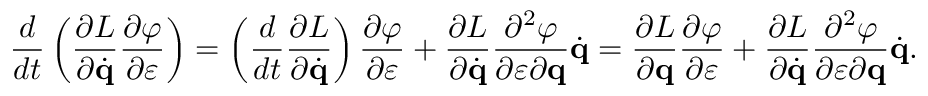
{ \frac { d } { d t } } \left( { \frac { \partial L } { \partial { \dot { \mathbf { q } } } } } { \frac { \partial \varphi } { \partial \varepsilon } } \right) = \left( { \frac { d } { d t } } { \frac { \partial L } { \partial { \dot { \mathbf { q } } } } } \right) { \frac { \partial \varphi } { \partial \varepsilon } } + { \frac { \partial L } { \partial { \dot { \mathbf { q } } } } } { \frac { \partial ^ { 2 } \varphi } { \partial \varepsilon \partial \mathbf { q } } } { \dot { \mathbf { q } } } = { \frac { \partial L } { \partial \mathbf { q } } } { \frac { \partial \varphi } { \partial \varepsilon } } + { \frac { \partial L } { \partial { \dot { \mathbf { q } } } } } { \frac { \partial ^ { 2 } \varphi } { \partial \varepsilon \partial \mathbf { q } } } { \dot { \mathbf { q } } } .